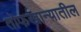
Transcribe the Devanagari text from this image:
तोफखान्यातील